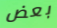
بعض